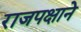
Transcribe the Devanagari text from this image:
राजपक्षाने